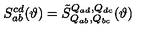
S _ { a b } ^ { c d } ( \vartheta ) = { \tilde { S } } _ { Q _ { a b } , Q _ { b c } } ^ { Q _ { a d } , Q _ { d c } } ( \vartheta )